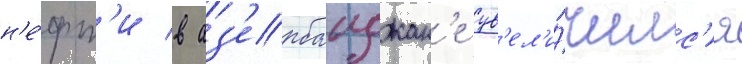
н'е́фт'и в аз'ербаиджан'е ув'ел'и́чилс'я